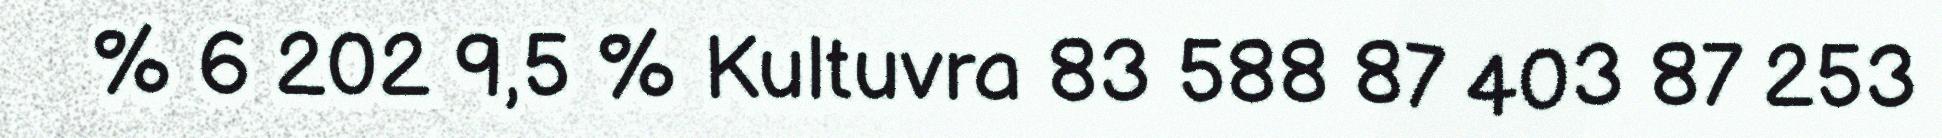
% 6 202 9,5 % Kultuvra 83 588 87 403 87 253